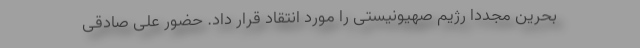
بحرین مجدداً رژیم صهیونیستی را مورد انتقاد قرار داد. حضور علی صادقی